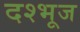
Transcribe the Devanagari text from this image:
दश्भूज